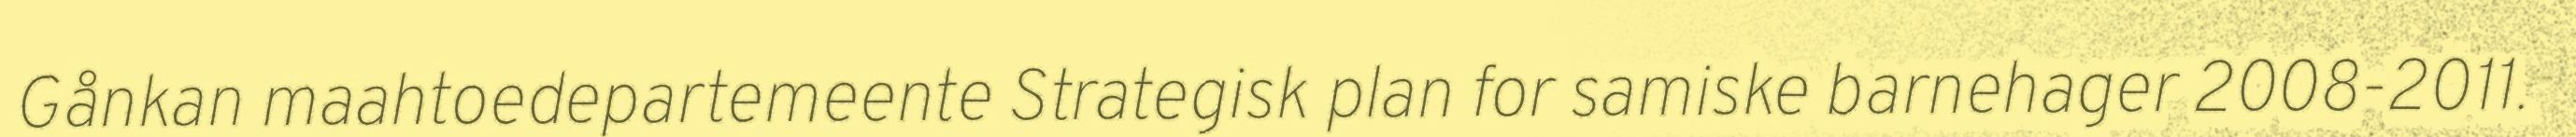
Gånkan maahtoedepartemeente Strategisk plan for samiske barnehager 2008-2011.